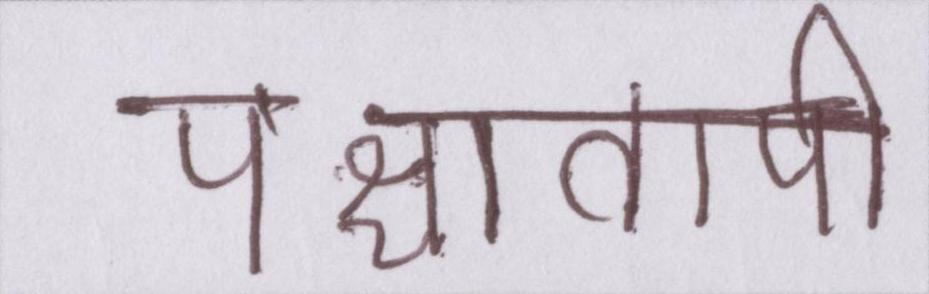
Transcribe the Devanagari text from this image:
पश्चातापी